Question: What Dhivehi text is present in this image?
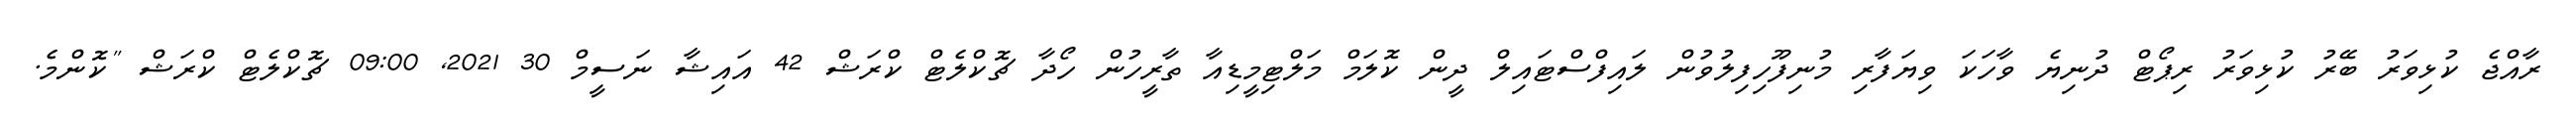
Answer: ރާއްޖެ ކުޅިވަރު ބޭރު ކުޅިވަރު ރިޕޯޓް ދުނިޔެ ވާހަކަ ވިޔަފާރި މުނިފޫހިފިލުވުން ލައިފްސްޓައިލް ދީން ކޮލަމް މަލްޓިމީޑިއާ ތާރީހުން ހޯދާ ޗޮކްލެޓް ކްރަޝް 42 އައިޝާ ނަސީމް 30 2021, 09:00 ޗޮކްލެޓް ކްރަޝް "ކޮންމެ.